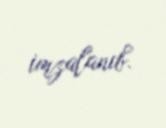
imzalanıb.